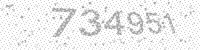
Solution: 734951